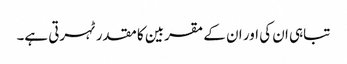
تباہی ان کی اور ان کے مقربین کا مقدر ٹہرتی ہے۔